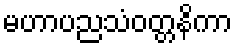
မဟာပညသံဝတ္တနိကာ